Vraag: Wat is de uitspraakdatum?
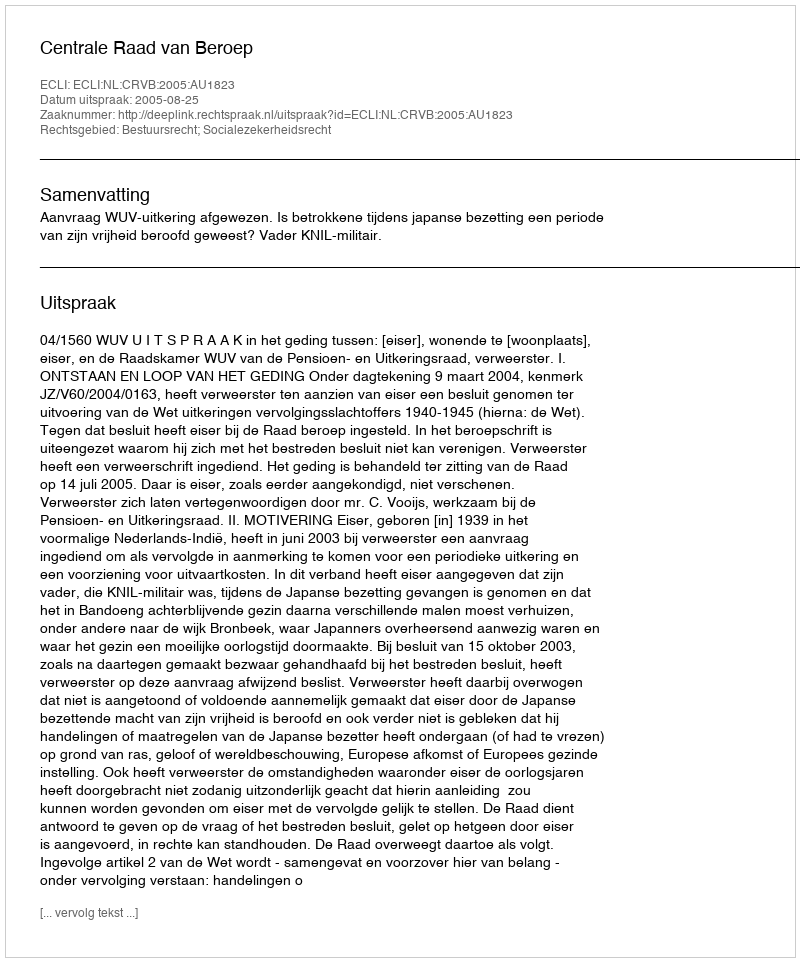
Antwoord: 2005-08-25